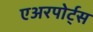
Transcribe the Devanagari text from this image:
एअरपोर्ट्‌स